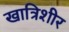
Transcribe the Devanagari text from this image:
खात्रिशीर